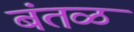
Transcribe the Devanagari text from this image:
बंतळ